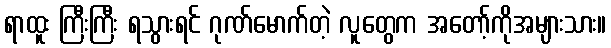
ရာထူး ကြီးကြီး ရသွားရင် ဂုဏ်မောက်တဲ့ လူတွေက အတော့်ကိုအများသား။